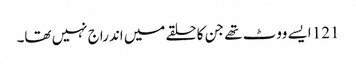
121 ایسے ووٹ تھے جن کا حلقے میں اندراج نہیں تھا۔